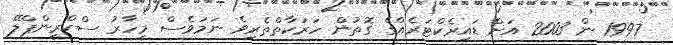
1997 ން 2003 އަށް ޑައިރެކްޓަރެއްގެ ގޮތުން ހަރަކާތްތެރިވެ ނަމަވެސް މިހާރު ސްކްރީންޕްލޭ